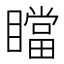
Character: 𰦄